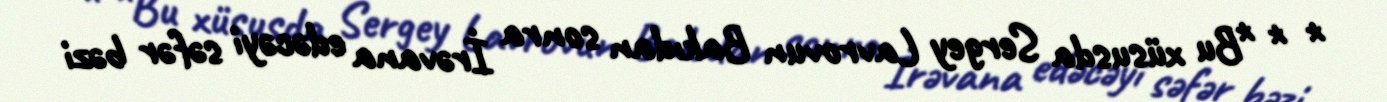
* * *Bu xüsusda Sergey Lavrovun Bakıdan sonra İrəvana edəcəyi səfər bəzi